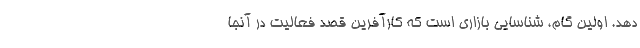
دهد. اولین گام، شناسایی بازاری است که کارآفرین قصد فعالیت در آنجا